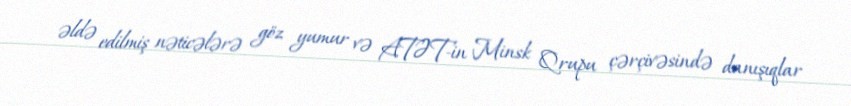
əldə edilmiş nəticələrə göz yumur və ATƏT-in Minsk Qrupu çərçivəsində danışıqlar